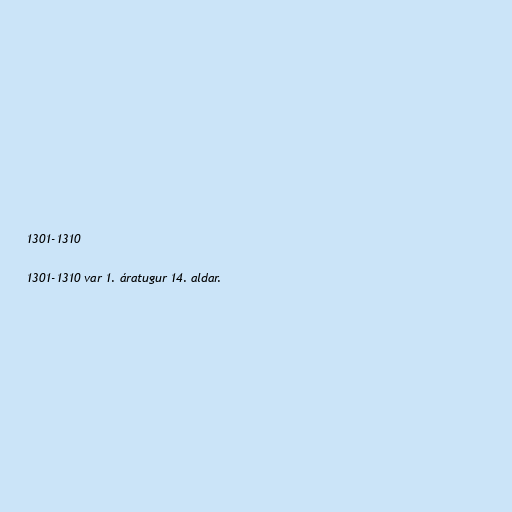
1301-1310

1301-1310 var 1. áratugur 14. aldar.